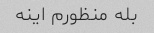
بله منظورم اینه